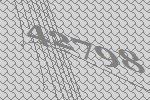
42798